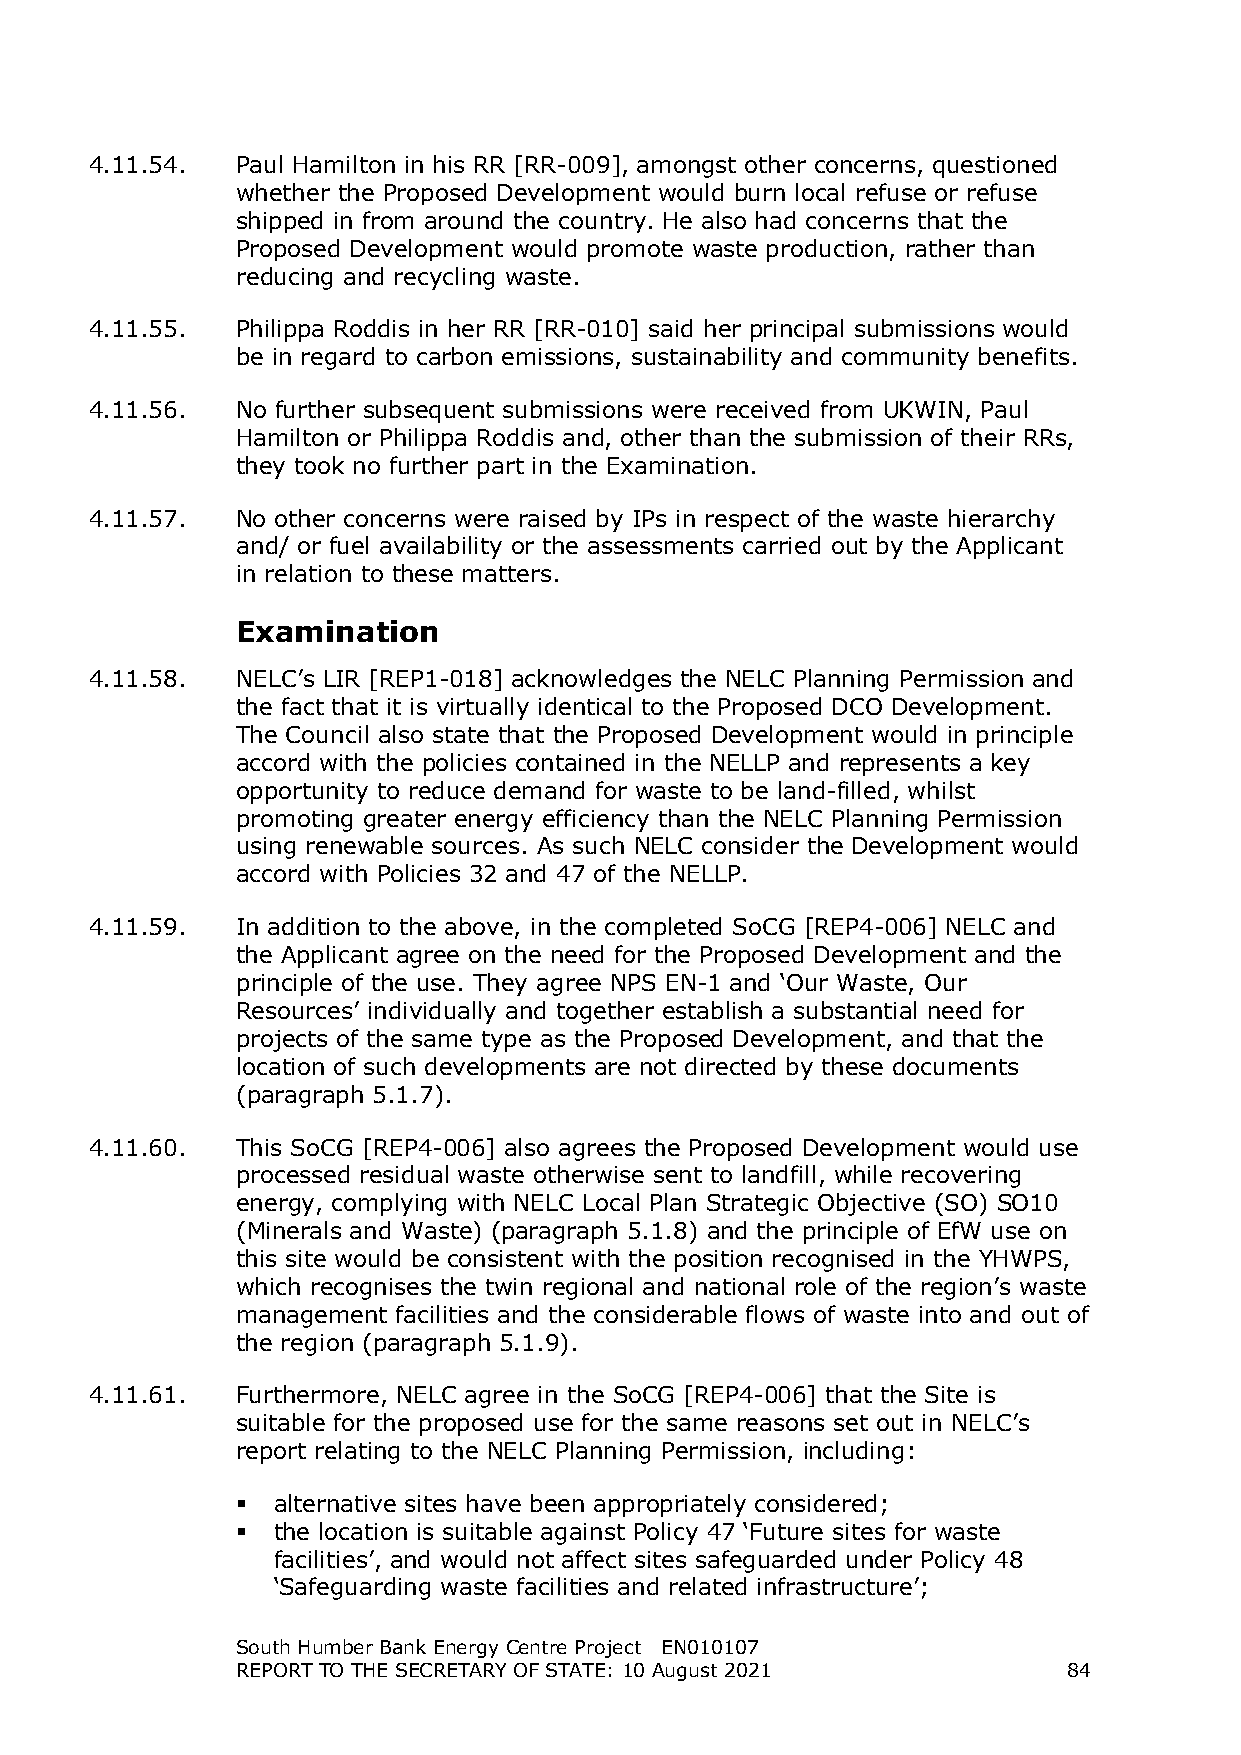
4.11.54.  Paul Hamilton in his RR [RR-009], amongst other concerns, questioned
 whether the Proposed Development would burn local refuse or refuse
 shipped in from around the country. He also had concerns that the
 Proposed Development would promote waste production, rather than
 reducing and recycling waste.
 4.11.55.  Philippa Roddis in her RR [RR-010] said her principal submissions would
 be in regard to carbon emissions, sustainability and community benefits.
 4.11.56.  No further subsequent submissions were received from UKWIN, Paul
 Hamilton or Philippa Roddis and, other than the submission of their RRs,
 they took no further part in the Examination.
 4.11.57.  No other concerns were raised by IPs in respect of the waste hierarchy
 and/ or fuel availability or the assessments carried out by the Applicant
 in relation to these matters.
 Examination
 4.11.58.  NELC’s LIR [REP1-018] acknowledges the NELC Planning Permission and
 the fact that it is virtually identical to the Proposed DCO Development.
 The Council also state that the Proposed Development would in principle
 accord with the policies contained in the NELLP and represents a key
 opportunity to reduce demand for waste to be land-filled, whilst
 promoting greater energy efficiency than the NELC Planning Permission
 using renewable sources. As such NELC consider the Development would
 accord with Policies 32 and 47 of the NELLP.
 4.11.59.  In addition to the above, in the completed SoCG [REP4-006] NELC and
 the Applicant agree on the need for the Proposed Development and the
 principle of the use. They agree NPS EN-1 and ‘Our Waste, Our
 Resources’ individually and together establish a substantial need for
 projects of the same type as the Proposed Development, and that the
 location of such developments are not directed by these documents
 (paragraph 5.1.7).
 4.11.60.  This SoCG [REP4-006] also agrees the Proposed Development would use
 processed residual waste otherwise sent to landfill, while recovering
 energy, complying with NELC Local Plan Strategic Objective (SO) SO10
 (Minerals and Waste) (paragraph 5.1.8) and the principle of EfW use on
 this site would be consistent with the position recognised in the YHWPS,
 which recognises the twin regional and national role of the region’s waste
 management facilities and the considerable flows of waste into and out of
 the region (paragraph 5.1.9).
 4.11.61.  Furthermore, NELC agree in the SoCG [REP4-006] that the Site is
 suitable for the proposed use for the same reasons set out in NELC’s
 report relating to the NELC Planning Permission, including:
  alternative sites have been appropriately considered;
  the location is suitable against Policy 47 ‘Future sites for waste
 facilities’, and would not affect sites safeguarded under Policy 48
 ‘Safeguarding waste facilities and related infrastructure’;
 South Humber Bank Energy Centre Project EN010107
 REPORT TO THE SECRETARY OF STATE: 10 August 2021       84